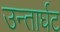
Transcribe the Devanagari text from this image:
उन्तार्घट